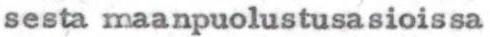
sesta maanpuolustusasioissa